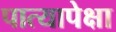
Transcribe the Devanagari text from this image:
पात्यापेक्षा